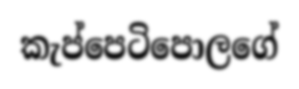
කැප්පෙටිපොලගේ